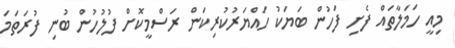
މިއީ ހަމަލާތައް ފެށި ފަހުން ބަޔަކު ހައްޔަރުކުރިކަން ރަސްމީކޮށް ފުލުހުން ބުނި ފުރަތަމަ